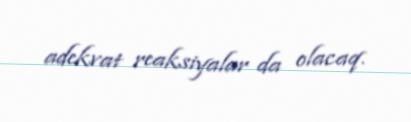
adekvat reaksiyalar da olacaq.